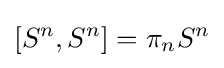
\left[S^{n},S^{n}\right]=\pi _{n}S^{n}